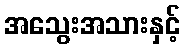
အသွေးအသားနှင့်